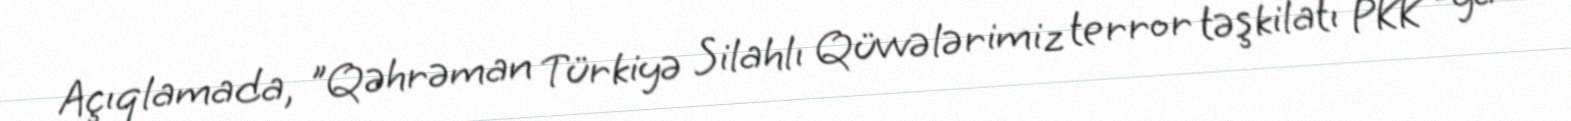
Açıqlamada, "Qəhrəman Türkiyə Silahlı Qüvvələrimiz terror təşkilatı PKK -ya